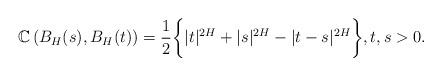
LaTeX: \begin{align*} \mathbb{C}\left(B_{H}(s), B_H(t)\right)= \frac{1}{2}\bigg\{|t|^{2H}+|s|^{2H}-|t-s|^{2H}\bigg\}, t,s>0. \end{align*}